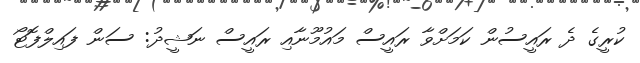
ކުރީގެ ދެ ރައީސުން ކަމަށްވާ ރައީސް މައުމޫނާއި ރައީސް ނަޝީދު: ސަން ފައިލްފޮޓޯ